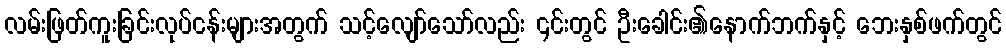
လမ်းဖြတ်ကူးခြင်းလုပ်ငန်းများအတွက် သင့်လျော်သော်လည်း ၎င်းတွင် ဦးခေါင်း၏နောက်ဘက်နှင့် ဘေးနှစ်ဖက်တွင်